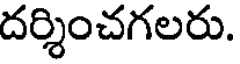
దర్శించగలరు.